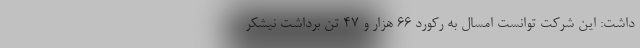
داشت: این شرکت توانست امسال به رکورد 66 هزار و 47 تن برداشت نیشکر